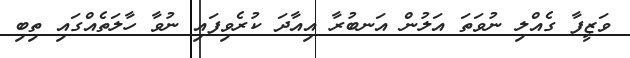
ވަޒީފާ ގެއްލި ނުވަތަ އަލުން އަނބުރާ އިއާދަ ކުރެވިފައި ނުވާ ހާލަތެއްގައި ތިބި